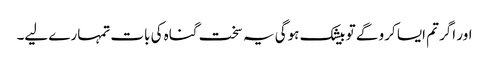
اور اگر تم ایسا کرو گے تو بیشک ہوگی یہ سخت گناہ کی بات تمہارے لیے۔